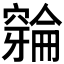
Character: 𫁛